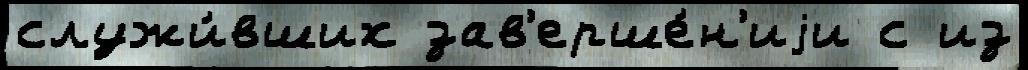
служи́вших зав'ерше́н'иjи с из